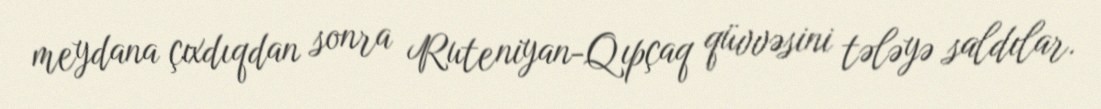
meydana çıxdıqdan sonra Ruteniyan-Qıpçaq qüvvəsini tələyə saldılar.